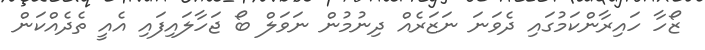
ޒޯހާ ހައިރާންކަމުގައި ދެވަނަ ނަޒަރެއް ދިނުމުން ނަވަލް ބޯ ޖަހާލައިފައި އެއީ ތެދެއްކަން